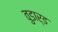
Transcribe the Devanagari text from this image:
वुडार्ड